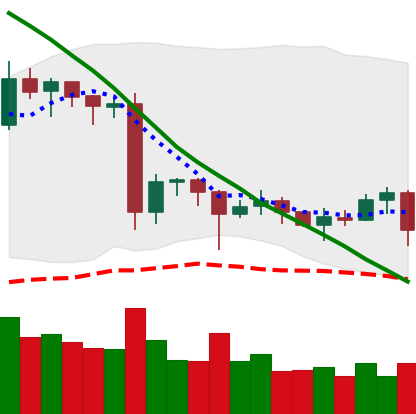
Ticker: EOS-USD
Chart end date: 2020-06-24
Forward return: -4.766%
Label: down_3_5